Tezpur Lunatic Asylum reports 1895-1904 - 1895-1904
Year: 1895
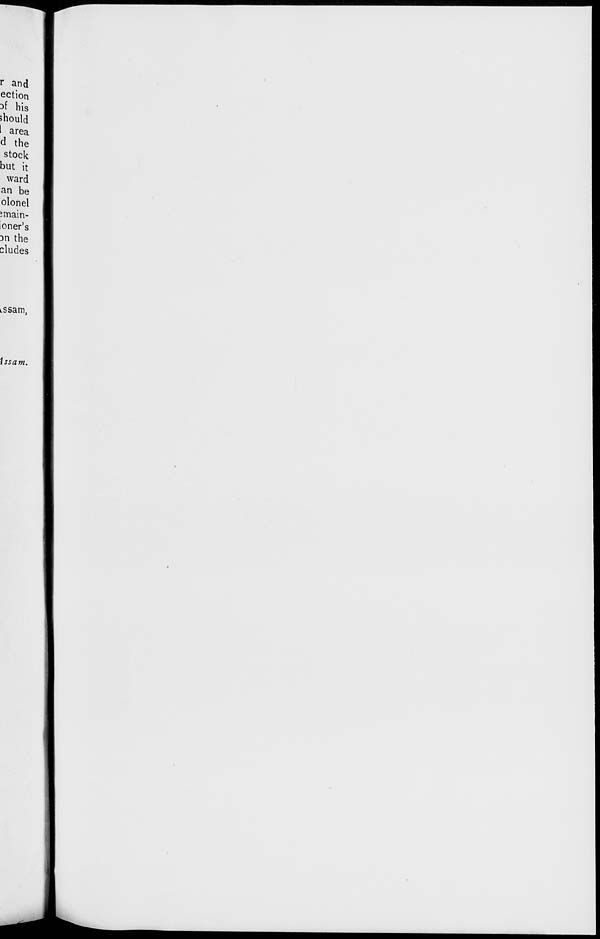
r and
ection
3f his
should
I area
d the
stock
but it
ward
an be
olonel
>main-
ioner's
:>n the
eludes
t-ssam,
Issa m.